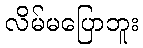
လိမ်မပြောဘူး